Annual vaccination report of Bihar and Orissa - 1911-1928
Year: 1911
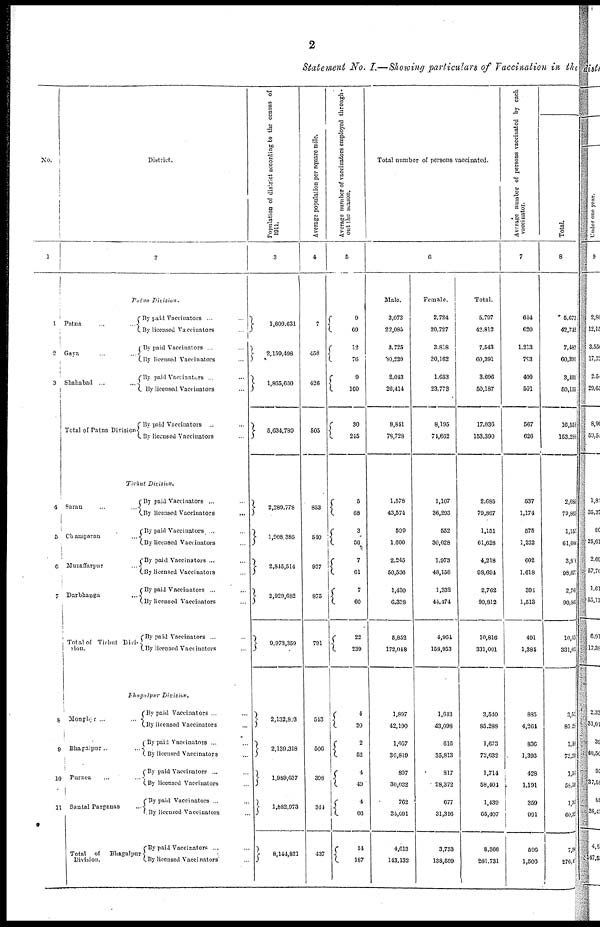
2
Statement No. I.—Showing particulars of Vaccination in the
NO.
1
1
2
3
4
5
6
7
8
9
10
11
District.
2
Patna
Division.
Patna
...
...
Gaya ... ...
Shahabad ...
...
Total of Patna Division
By paid Vaccinators ... ...
By licensed Vaccinators ... ...
By paid Vaccinators ... ...
By licensed Vaccinators ...
By paid Vaccinators ... ...
By licensed Vaccinators ...
By paid Vaccinators ... ...
By licensed Vaccinators ...
Tirhut Division.
Saran
...
...
Champaran ...
Muzaffarpur ...
Darbhanga ...
Total of Tirhut Divi-
sion.
By paid Vaccinators ... ...
By licensed Vaccinators
...
By paid Vaccinators. ... ...
By licensed Vaccinators ...
By paid Vaccinators ... ...
By licensed Vaccinators ...
By paid Vaccinators ... ...
By licensed Vaccinators ...
By paid Vaccinators ... ...
By licensed Vaccinators ...
Bhagalpur Division.
Monghyr ... ...
Bhagalpur.. ...
Purnea ... ...
Santal Parganas
Total of Bhagalpur
Division.
By paid Vaccinators ... ...
By licensed Vaccinators ...
By paid Vaccinators ... ...
By licensed Vaccinators ...
By paid Vaccinators ... ...
By licensed Vaccinators ...
By paid Vaccinators ... ...
By licensed Vaccinators ...
By paid Vaccinators ...
By licensed Vaccinators ...
Population of district according to the census of
1911.
3
1,609,631
2,159,498
1,865,660
5,634,789
2,280,778
1,008,385
2,845,514
2,929,682
9,973,359
2,132,823
2,139,318
1,989,037
1,882,973
8,144,821
Average population per square mile.
4
7
458
426
505
853
540
937
875
701
543
506
398
344
437
Average number of vaccinators employed through-
out the season.
6
9
69
12
76
9
160
30
245
5
68
3
50
7
61
7
60
22
239
4
20
2
52
4
49
4
66
14
187
Total number of persons vaccinated.
6
Male.
3,073
22,085
3,725
30,229
2,043
26,414
8,811
78,728
1,578
43,574
599
1,600
2,245
50,536
1,430
6,338
5,852
172,018
1,897
42,190
1,057
30,819
897
30,032
762
34,091
4,613
143,132
Female.
2,724
20,727
3,818
30,162
1,653
23,773
8,195
71,662
1,107
36,203
552
30,028
1,973
48,158
1,332
44,474
4,964
158,053
1,643
43,098
616
35,813
817
28,372
677
31,316
3,753
138,599
Total.
5,797
42,812
7,543
60,391
3,696
50,187
17,030
153,390
2.685
79,867
1,151
61,628
4,218
98,694
2,762
90,812
10,816
331,001
3,540
85,288
1,073
72,032
1,714
68,404
1,439
65,407
8,366
281,731
Average number of persons vaccinated by each
vaccinator.
7
644
620
1,213
793
400
501
567
626
537
1,174
575
1,232
602
1,618
391
1,513
491
1,384
895
4,264
836
1,393
428
1,191
369
991
590
1,506
Total.
8
5,075
42,742
7,482
60,391
3,401
50,155
16,553
163,283
2,685
79,865
1,151
61,606
3,816
98,677
2,765
90,865
10,416
331,01
3,51
85,28
1,58
72,28
1,55
58,51
1,36
60,38
7,89
276,4